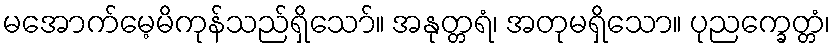
မအောက်မေ့မိကုန်သည်ရှိသော်။ အနုတ္တရံ၊ အတုမရှိသော။ ပုညက္ခေတ္တံ၊